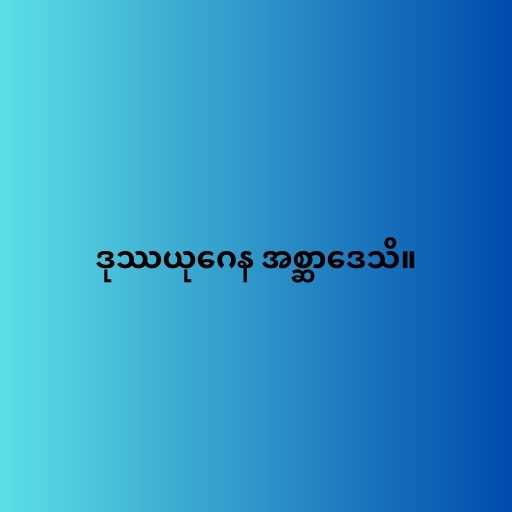
ဒုဿယုဂေန အစ္ဆာဒေသိ။